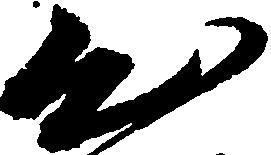
出